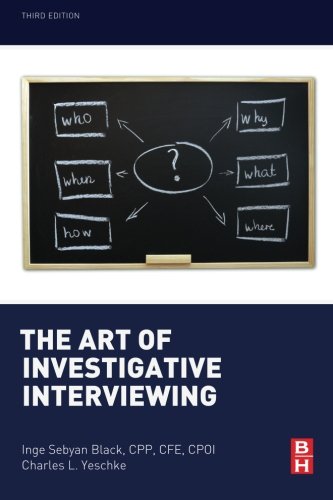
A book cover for The Art of Investigative Interviewing, Third Edition; Inge Sebyan Black; Law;